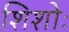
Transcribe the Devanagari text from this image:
शिशोः